Annual report of the Imperial Bacteriological Laboratory, Muktesar
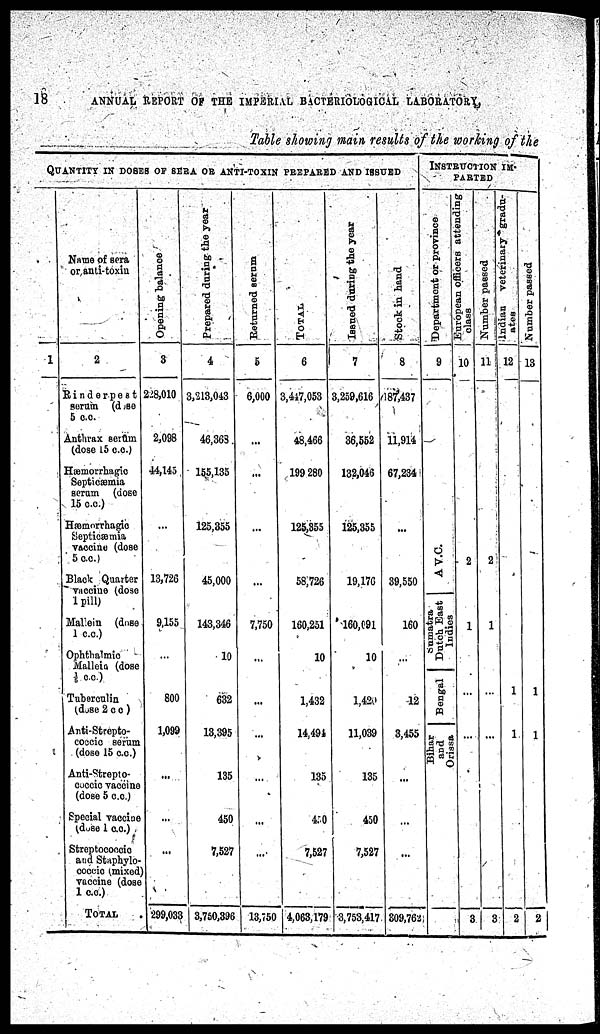
18
ANNUAL REPORT OF THE IMPERIAL BACTERIOLOGICAL LABORATORY,
Table showing main results of the working of the
QUANTITY IN DOSES OF SERA OR ANTI-TOXIN PREPARED AND ISSUED
Name of sera
or anti-toxin
1
2
Rinderpest
serum (dose
5 c.c.
Anthrax serum
(dose 15 c.c.)
Hæmorrhagic
Septicæmia
serum (dose
15 c.c.)
Hæmorrhagic
Septicæmia
vaccine (dose
5 c.c.)
Black Quarter
vaccine (dose
1 pill)
Mallein (dose
1 c.c.)
Ophthalmic
Mallein (dose
1/5 c.c.)
Tuberculin
(dose 2 c c )
Anti-Strepto¬
coccic serum
(dose 15 c.c.)
Anti-Strepto-
coccic vaccine
(dose 5 c.c.)
Special vaccine
(dose 1 c.c.)
Streptococcic
and Staphylo-
coccic (mixed)
vaccine (dose
1 c.c.)
TOTAL
Opening balance
3
228,010
2,098
44,145
13,726
9,155
800
1,099
...
...
299,033
Prepared during
the year
4
3,213,043
46,368
155,135
125,355
45,000
143,346
10
632
13,395
135
450
7,527
3,750,396
Returned serum
5
6,000
...
...
...
...
7,750
...
...
...
...
13,750
TOTAL
6
3,447,053
48,466
199 280
125,355
58,726
160,251
10
1,432
14,494
135
4.0
7,527
4,063,179
Issued during the year
7
3,259,616
36,552
132,046
125,355
19,176
160,091
10
1,420
11,039
135
450
7,527
3,753,417
Stock in hand
8
187,437
11,914
67,234
...
39,550
160
12
3,455
...
...
...
309,762
INSTRUCTION IM-
PARTED
Department or province
9
A.V.C.
Sumatra
Dut ch East
Indies
Bengal
Bihar
and
Orissa
European officers attending class
10
2
1
...
3
Number passed
11
2
1
...
3
Indian veterinary gradu-
ates
12
1
1
2
Number passed
13
1
1
2